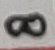
Text: 8